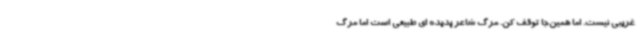
غریبی نیست. اما همین‌جا توقف کن. مرگ شاعر پدیده ای طبیعی است اما مرگ‌